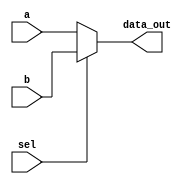
module Multiplexer_2x1
  ( 
  input [63:0] a, b,
  input sel,
  output reg [63:0] data_out
  );
  always @ (sel or a or b)
  if (sel)
    data_out = b;
  else
    data_out = a;
    
  endmodule